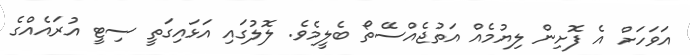
އަވަހަށް އެ ފޮށިން ލިޔުމެއް އަތުޖެއްސޭތޯ ބެލީމެވެ. ލޮލުގައި އަޅައިގަތީ ސިޓީ އުރައެއްގެ